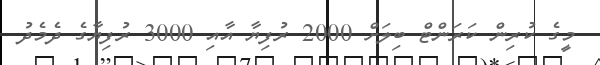
މީގެ ކުރިން ކަރަންޓް ބިލަށް 2000 ރުފިޔާ އާއި 3000 ރުފިޔާގެ ދެމެދު